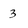
Character: 3